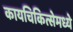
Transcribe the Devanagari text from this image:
कायचिकित्सेमध्ये